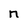
Character: n